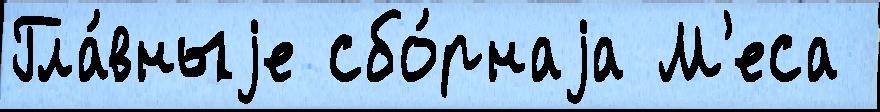
Гла́вныjе сбо́рнаjа М'еса